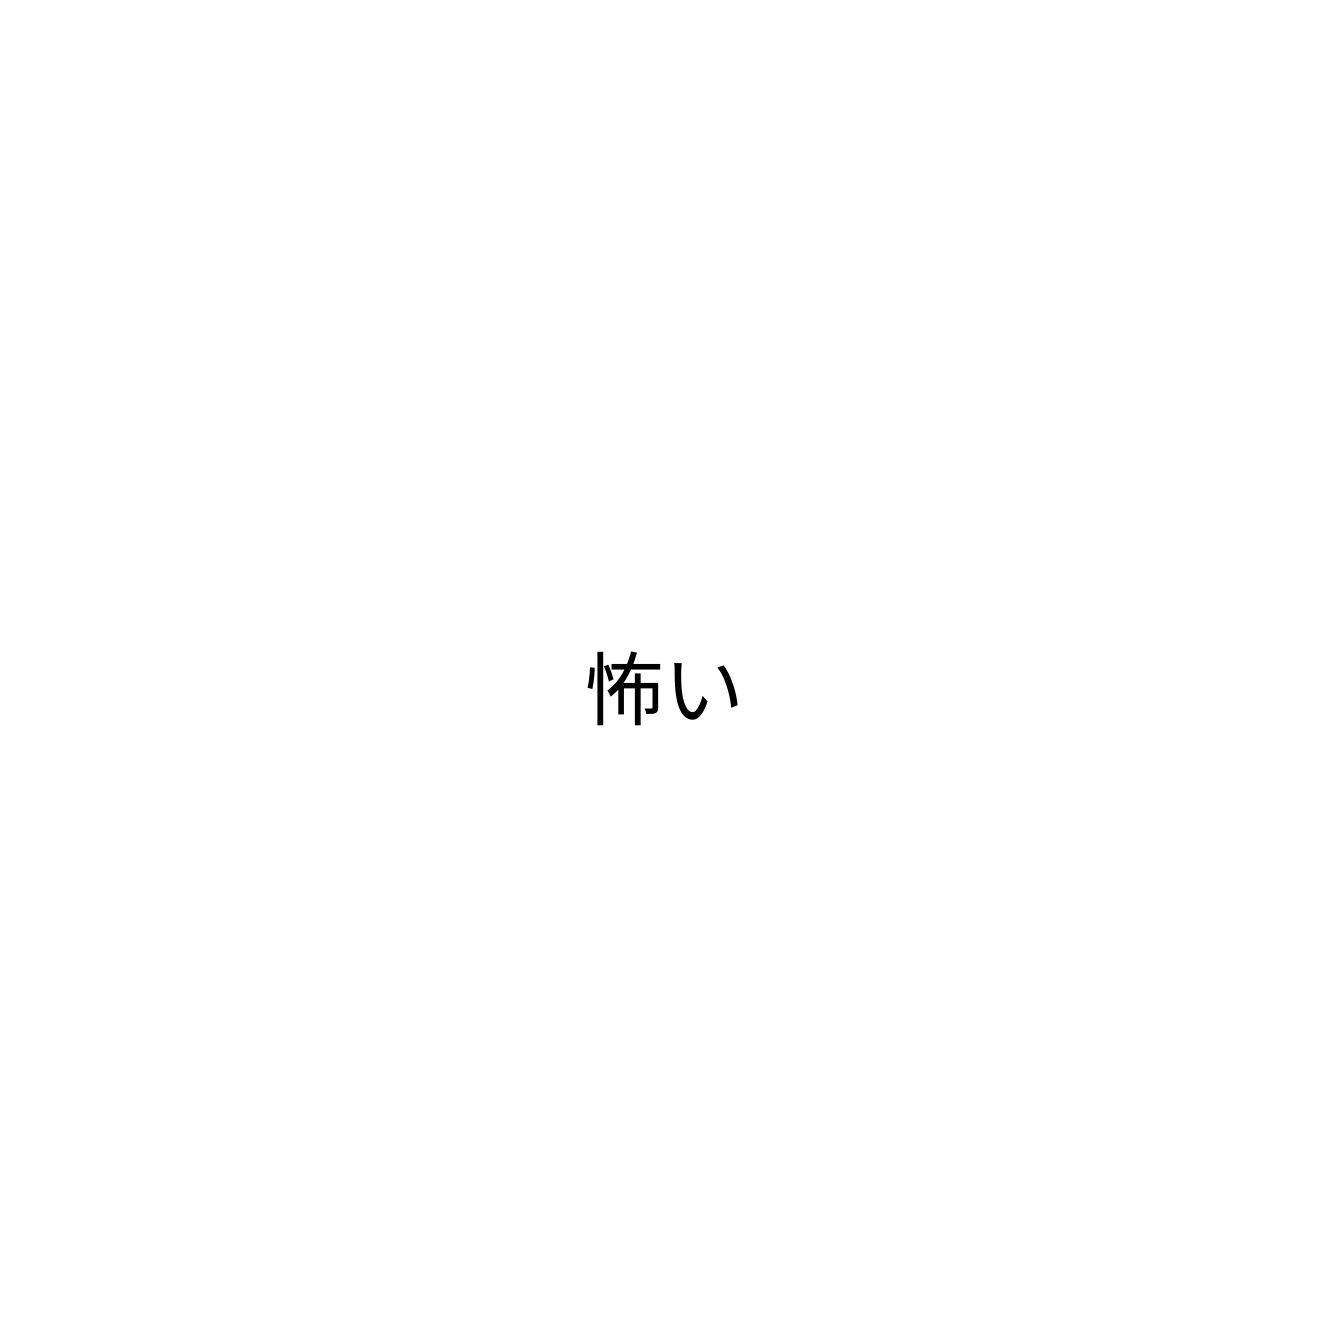
怖い